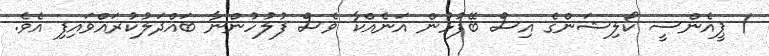
/ ޕީއެންސީ ކޯލިޝަންގެ އިސް ބޭފުޅުން އަނެއްކާ ވެސް ފުލުހުންނާ ބައްދަލުކުރައްވައިފި އެވެ.